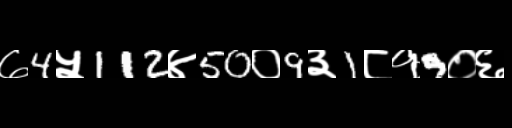
Text: ७4५112४50०9३1८१9०६